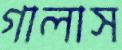
গালাস